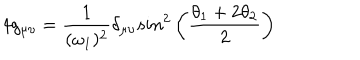
4 g _ { \mu \upsilon } = { \frac { 1 } { ( \omega _ { 1 } ) ^ { 2 } } } \delta _ { \mu \upsilon } s i n ^ { 2 } \left( { \frac { \theta _ { 1 } + 2 \theta _ { 2 } } { 2 } } \right)